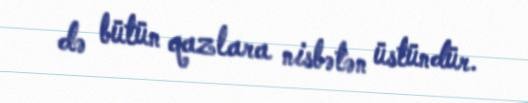
də bütün qazlara nisbətən üstündür.